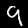
Label: 9